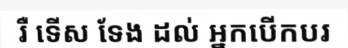
រឺ ទើស ទែង ដល់ អ្នកបើកបរ